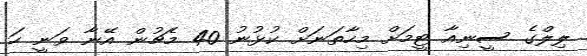
ލިލްގެ ސީނިއާ ޓީމަށް މިހާތަނަށް ކުޅުނު 40 މެޗުން އޭނާ ވަނީ ހަ